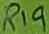
Text: R19